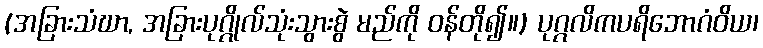
(အခြားသံဃာ, အခြားပုဂ္ဂိုလ်သုံးသွားစွဲ မည်ကို ဝန်တို၍။) ပုဂ္ဂလိကပရိဘောဂံဝိယ၊